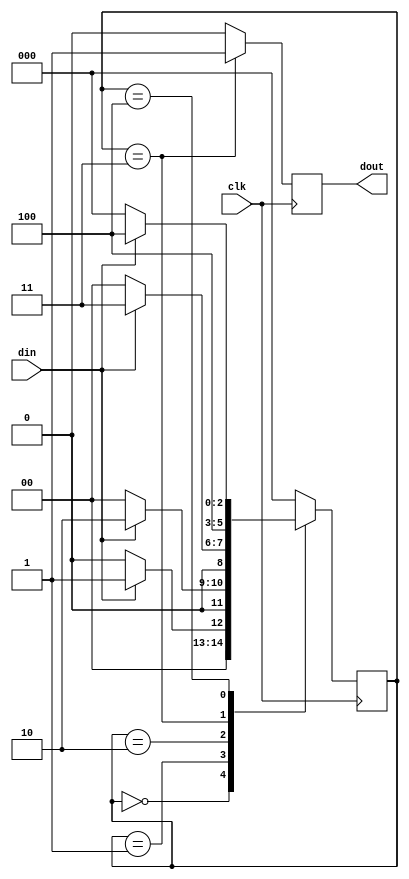
/*





*/
module one_shot(

		input      din,
		input      clk, 
		output reg dout
		
);

wire      _dout;
reg [2:0] cs;
reg [2:0] ns;


always @(posedge clk)
	cs <= ns;		
	
	
always @(cs)
			
	case(cs)
		3'd0: ns <= (din)?3'd1:3'd0;
		3'd1: ns <= (din)?3'd2:3'd0;
		3'd2: ns <= (din)?3'd3:3'd0;
		3'd3: ns <= 3'd4;
		3'd4: ns <= (din)?3'd4:3'd0;
		default: ns <= 3'd0;
	endcase
	
assign _dout =(cs==3'd3)?1'd1:1'd0;	
	
always @(negedge clk)
	 dout = _dout;

endmodule